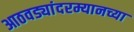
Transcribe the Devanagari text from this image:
आठवड्यांदरम्यानच्या